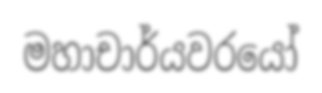
මහාචාර්යවරයෝ